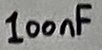
Text: 100nF